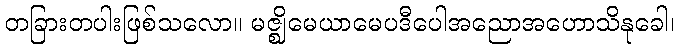
တခြားတပါးဖြစ်သလော။ မဇ္ဈိမေယာမေပဒီပေါအညောအဟောသိနုခေါ၊